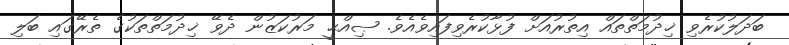
ބަދަލުކުރެވި ޚިދުމަތްތައް އިތުރުއަށް ފުޅާކުރެވިފައިވެއެވެ. ޞިއްޙީ މަރުކަޒުން ދެވޭ ޚިދުމަތްތަކުގެ ތެރޭގައި ބަލި